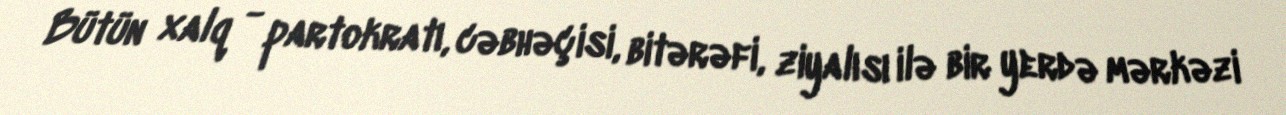
Bütün xalq - partokratı, cəbhəçisi, bitərəfi, ziyalısı ilə bir yerdə mərkəzi